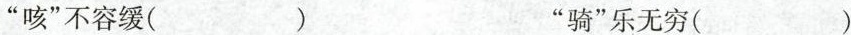
”咳”不容缓（ ）”骑”乐无穷（ ）